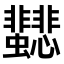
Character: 𩈂